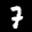
Label: 7